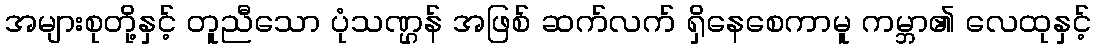
အများစုတို့နှင့် တူညီသော ပုံသဏ္ဌန် အဖြစ် ဆက်လက် ရှိနေစေကာမူ ကမ္ဘာ၏ လေထုနှင့်